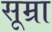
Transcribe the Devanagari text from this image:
सूम्रा